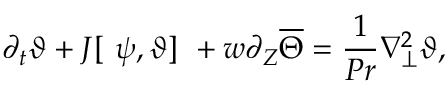
{ \partial _ { t } } \vartheta + J [ \ \psi , \vartheta ] \ + w { \partial _ { Z } } \overline { { \Theta } } = \frac { 1 } { P r } \nabla _ { \perp } ^ { 2 } \vartheta ,